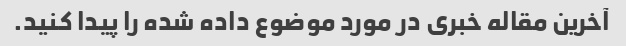
آخرین مقاله خبری در مورد موضوع داده شده را پیدا کنید.